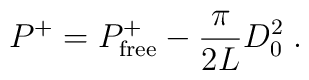
P^+ = P^+_{\rm free} -{\pi\over 2L} D_0^2\; .